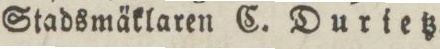
Stadsmäklaren C. Durietz.